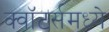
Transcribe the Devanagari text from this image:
क्वॉटर्समध्ये